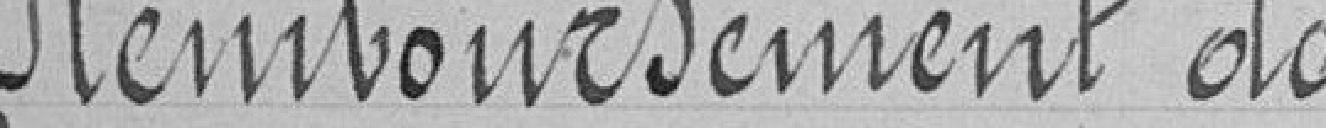
Remboursement de